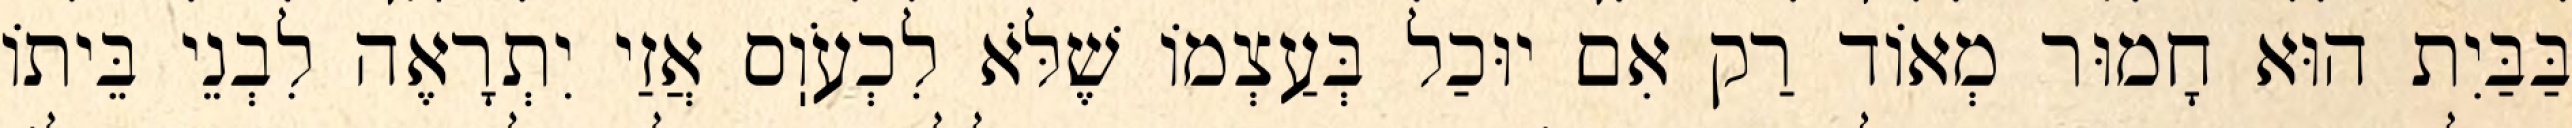
בַּבַּיִת הוּא חָמוּר מְאוֹד רַק אִם יוּכַל בְּעַצְמוֹ שֶׁלֹּא לִכְעֹוֽס אֲזַי יִתְרָאֶה לִבְנֵי בֵּיתוֹ